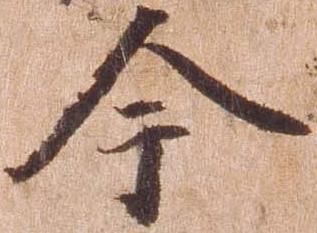
今